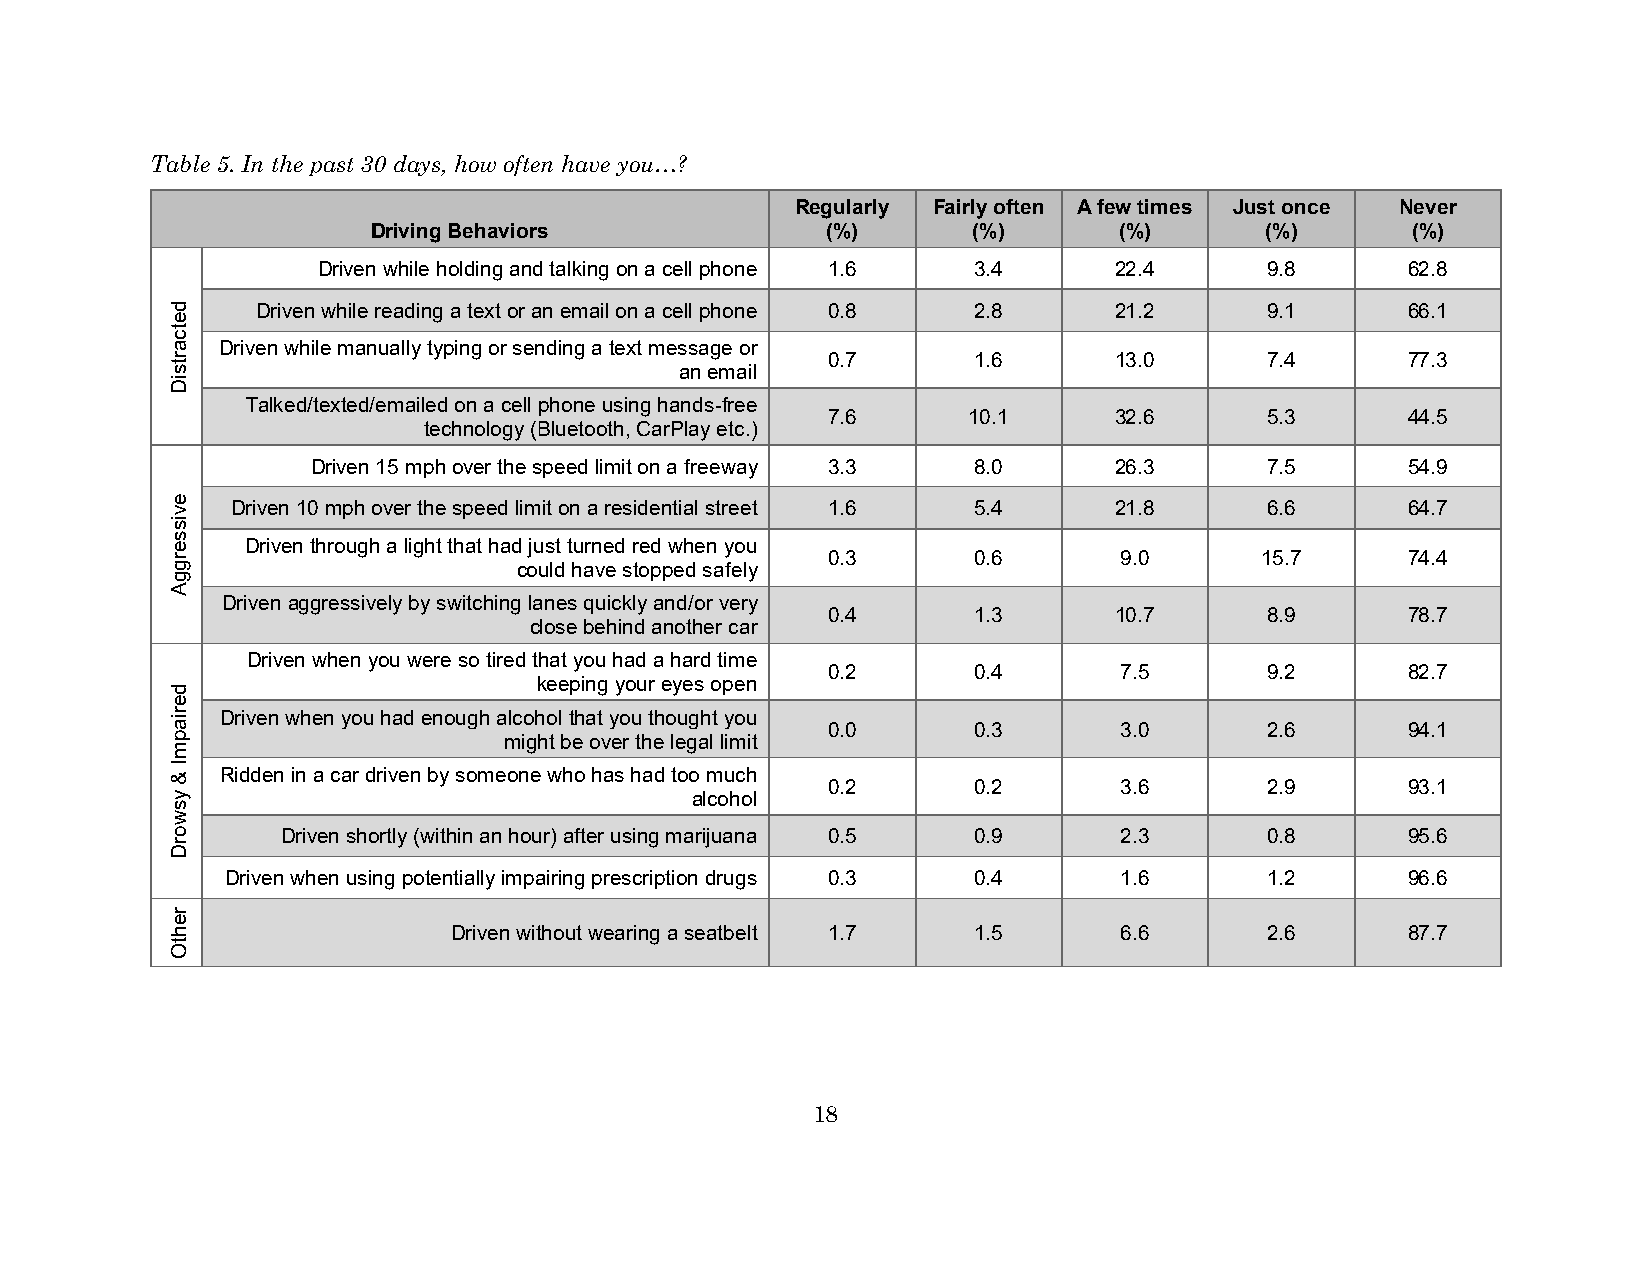
Table 5. In the past 30 days, how often have you…?
 Regularly Fairly often A few times Just once Never
 Driving Behaviors             (%)      (%)       (%)       (%)      (%)
 Driven while holding and talking on a cell phone 1.6 3.4 22.4  9.8      62.8
 Driven while reading a text or an email on a cell phone 0.8 2.8 21.2 9.1    66.1
 Driven while manually typing or sending a text message or
 0.7      1.6       13.0      7.4      77.3
 an email
 Talked/texted/emailed on a cell phone using hands-free
 7.6      10.1      32.6      5.3      44.5
 technology (Bluetooth, CarPlay etc.)
 Driven 15 mph over the speed limit on a freeway 3.3 8.0 26.3   7.5      54.9
 Driven 10 mph over the speed limit on a residential street 1.6 5.4 21.8 6.6   64.7
 Driven through a light that had just turned red when you
 0.3      0.6       9.0      15.7      74.4
 could have stopped safely
 Driven aggressively by switching lanes quickly and/or very
 0.4      1.3       10.7      8.9      78.7
 close behind another car
 Driven when you were so tired that you had a hard time
 0.2      0.4       7.5       9.2      82.7
 keeping your eyes open
 Driven when you had enough alcohol that you thought you
 0.0      0.3       3.0       2.6      94.1
 might be over the legal limit
 Ridden in a car driven by someone who has had too much
 0.2      0.2       3.6       2.9      93.1
 alcohol
 Driven shortly (within an hour) after using marijuana 0.5 0.9 2.3 0.8     95.6
 Driven when using potentially impairing prescription drugs 0.3 0.4 1.6 1.2    96.6
 Driven without wearing a seatbelt 1.7 1.5   6.6       2.6      87.7
 18
 detcartsiD
 evisserggA
 deriapmI
 &
 ysworD
 rehtO